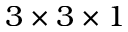
3 \times 3 \times 1